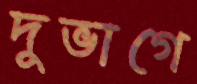
দুভাগে